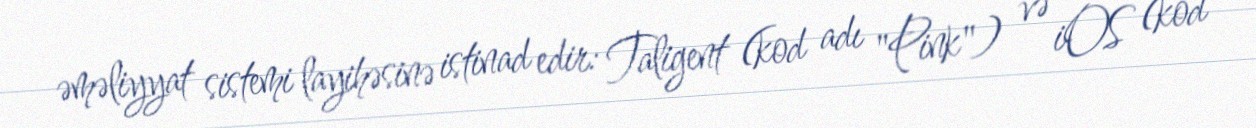
əməliyyat sistemi layihəsinə istinad edir: Taligent (kod adı "Pink") və iOS (kod